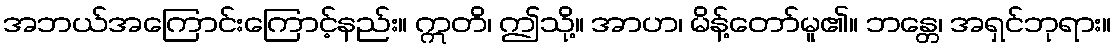
အဘယ်အကြောင်းကြောင့်နည်း။ ဣတိ၊ ဤသို့။ အာဟ၊ မိန့်တော်မူ၏။ ဘန္တေ၊ အရှင်ဘုရား။